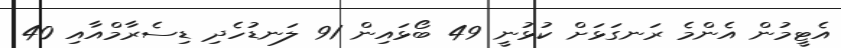
އެޓީމުން އެންމެ ރަނގަޅަށް ކުޅުނީ 49 ބޯޅައިން 91 ލަނޑުހެދި ޑިސެރާމްއާއި 40